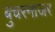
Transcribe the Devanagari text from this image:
बुचरनाजर